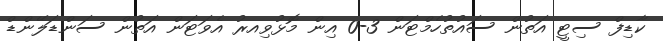
ކާޑިފް ސިޓީ އަތުން ސައުތުހެމްޓަން 3-0 އިން މޮޅުވިއރު އެވަޓަން އަތުން ސަންޑަލޭންޑް